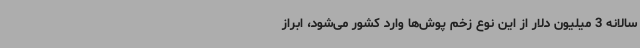
سالانه 3 میلیون دلار از این نوع زخم پوش‌ها وارد کشور می‌شود، ابراز